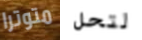
متوترا لتحل